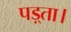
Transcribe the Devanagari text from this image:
पड़्ता।